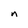
Character: n